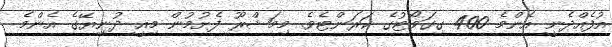
އުފެއްދެނީ އެންމެ 400 ގިގަވޯޓުގެ ކަރަންޓެވެ. މިމަޝްރޫ ފެށުމުން މިއީ ދުނިޔޭގެ އެންމެ